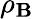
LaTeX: \rho_{\mathbf{B}}